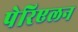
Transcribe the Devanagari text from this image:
पेरिएलन